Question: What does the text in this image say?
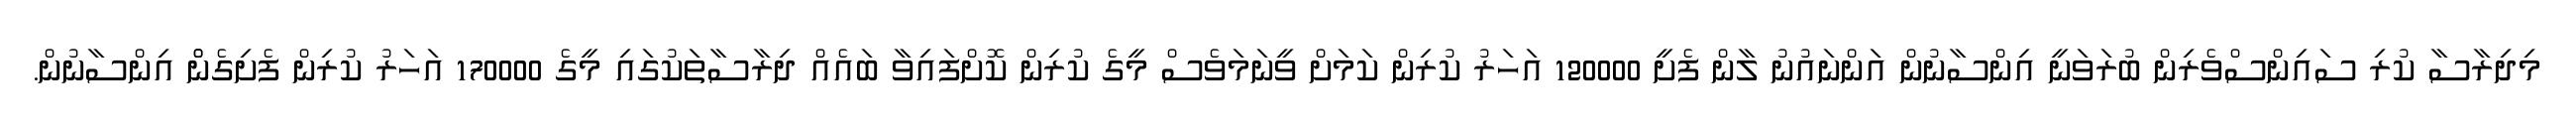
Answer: މިދިރާސާ ކުރި ސައިންސްވެރިން ބުރަވަނީ އިންސާނުން އަންނައުނު ލާން ފެށީ 120000 އަހަރު ކުރިން ކަމަށް ވީނަމަވެސް މީގެ ކުރިން ކޮށްފައިވާ ބައެއް ދިރާސާތަކުގައި މީގެ 170000 އަހަރު ކުރިން ފެށިގެންް އިންސާނުން.